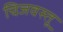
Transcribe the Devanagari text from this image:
चिजवस्तू